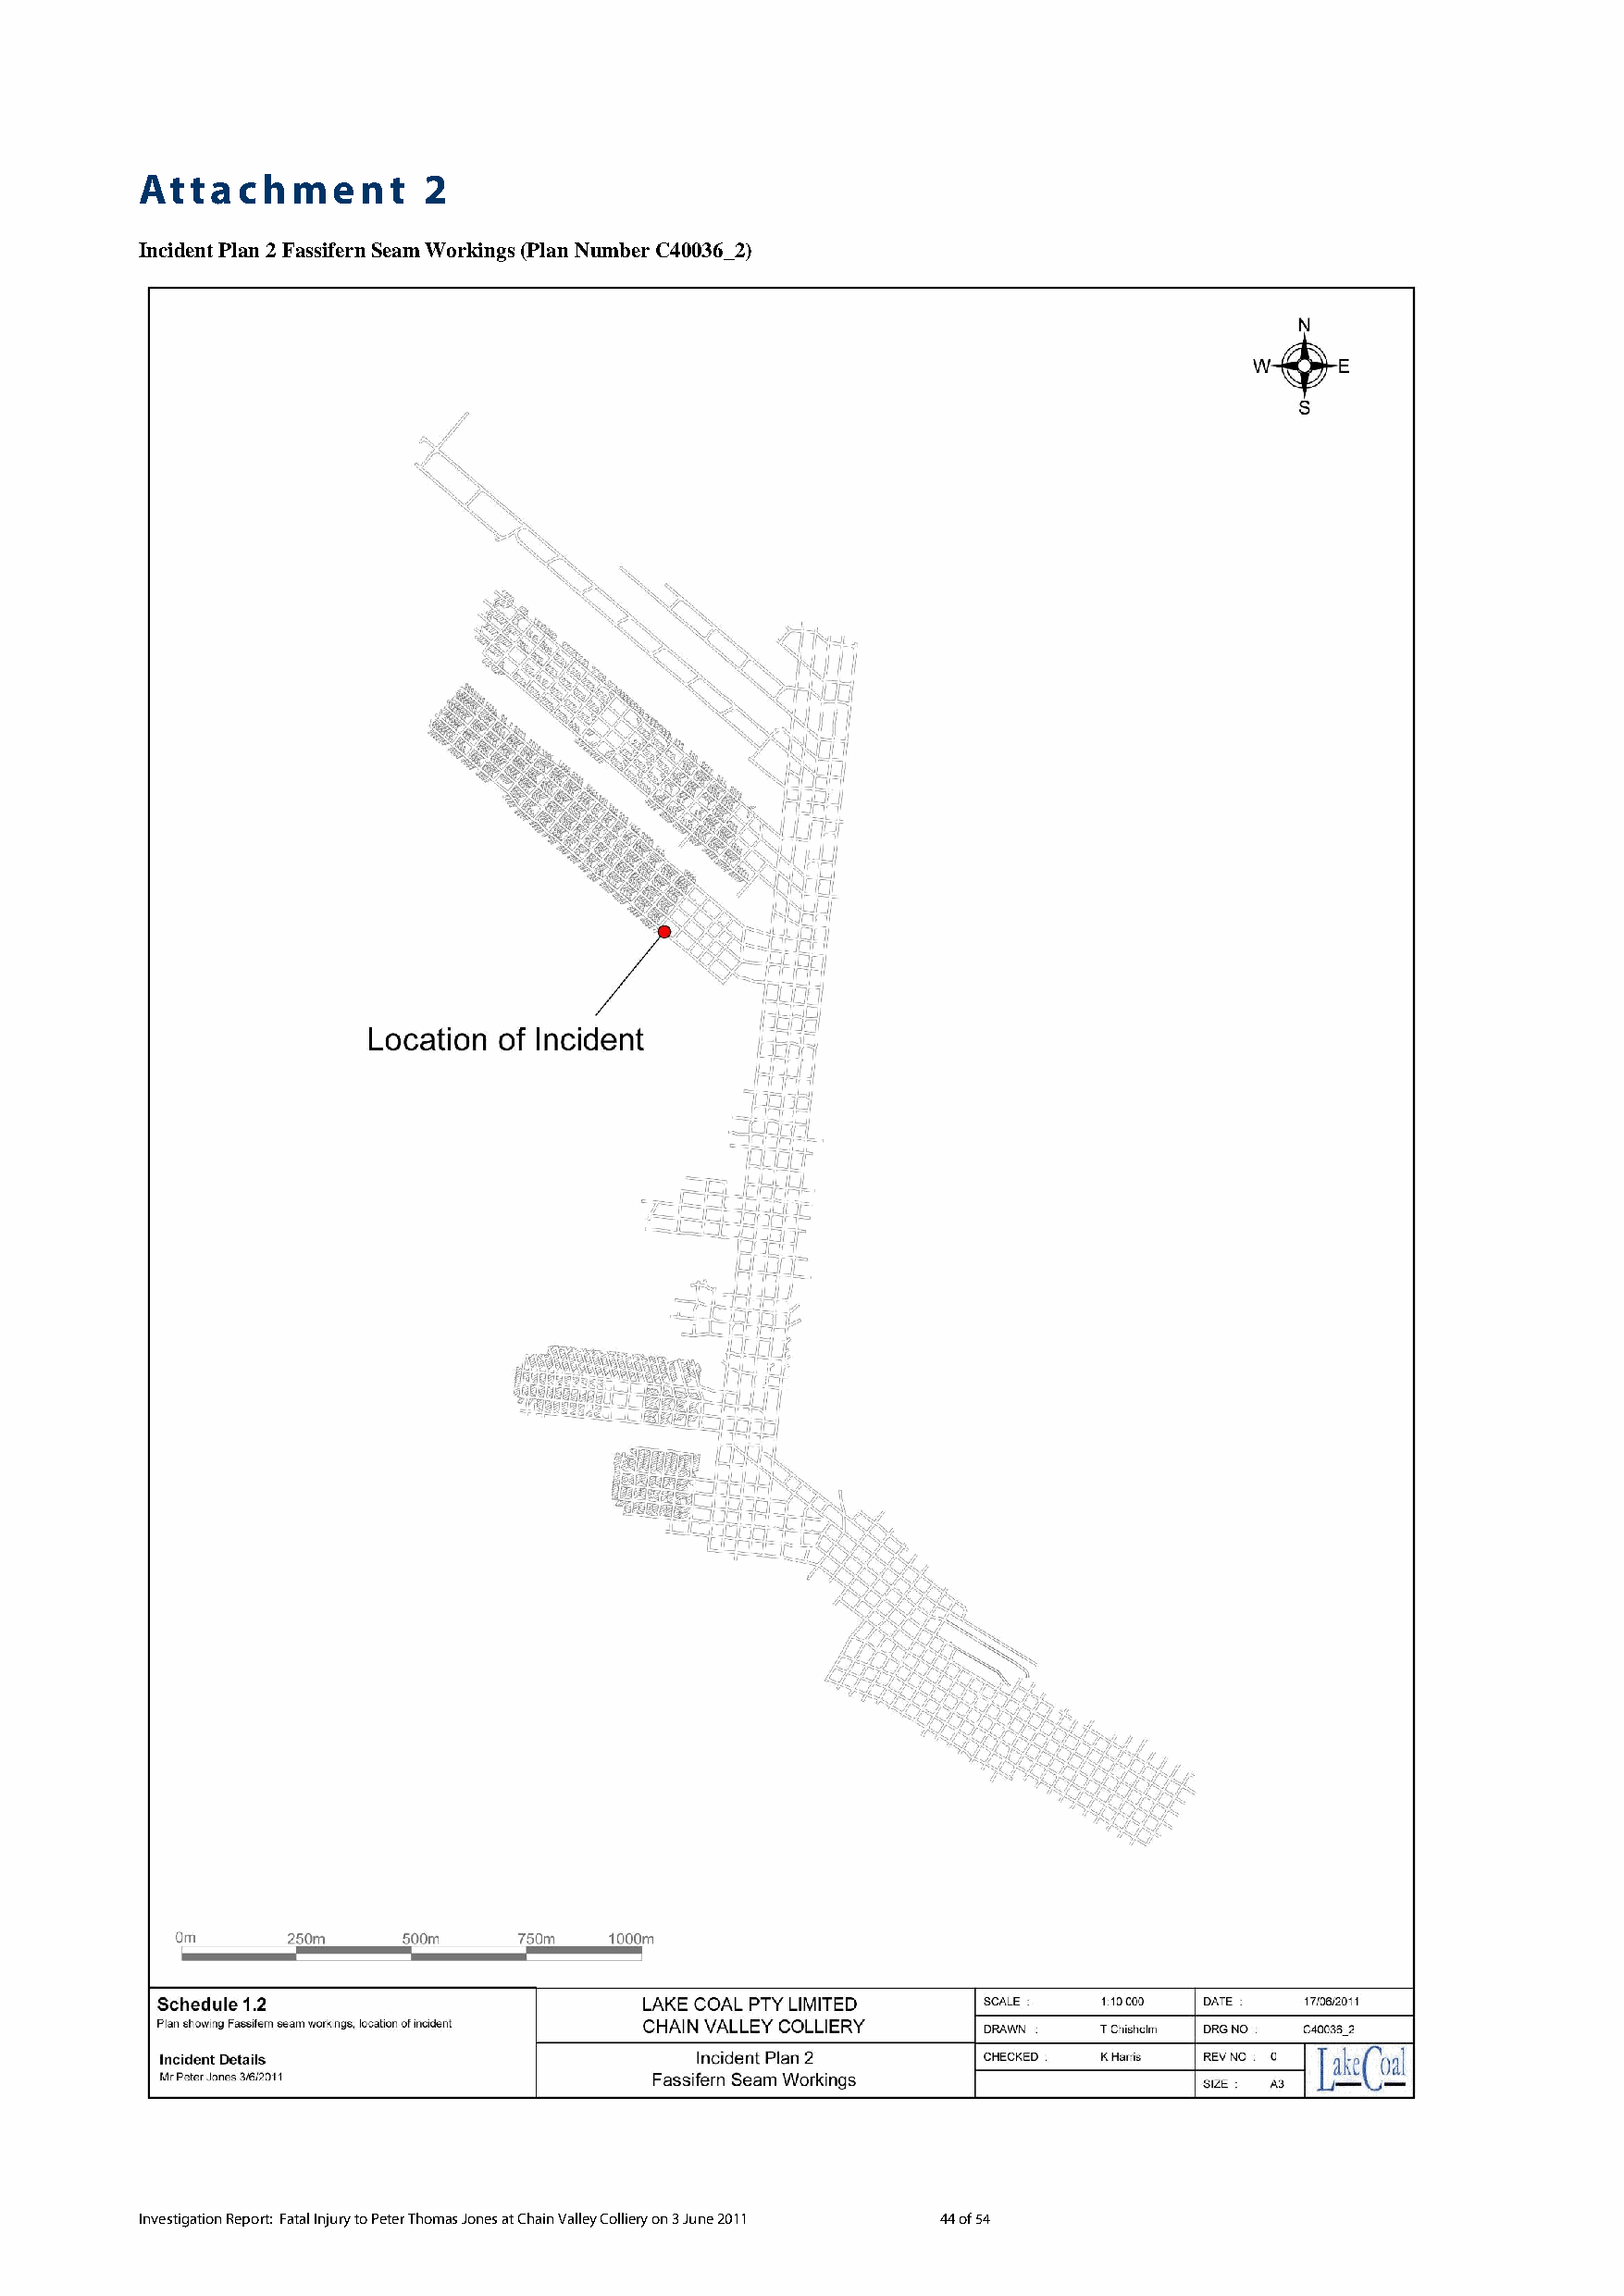
Attachment          2
 Incident Plan 2 Fassifern Seam Workings (Plan Number C40036_2)
 Investigation Report: Fatal Injury to Peter Thomas Jones at Chain Valley Colliery on 3 June 2011 44 of 54